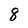
Character: 8